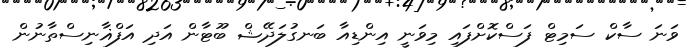
ވަނަ ސާކް ސަމިޓް ފަސްކޮށްފައި މިވަނީ އިންޑިއާ ބަނގުލަދޭޝް ބޫޓާން އަދި އަފްޣާނިސްތާނުން